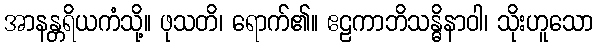
အာနန္တရိယကံသို့။ ဖုသတိ၊ ရောက်၏။ ဧဠကာဘိသန္ဓိနာဝါ၊ သိုးဟူသော